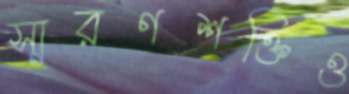
স্মরণশক্তিও